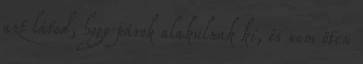
azt látod, hogy párok alakulnak ki, és nem öten